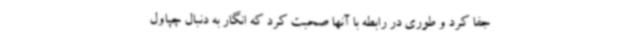
جفا کرد و طوری در رابطه با آنها صحبت کرد که انگار به دنبال چپاول